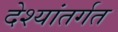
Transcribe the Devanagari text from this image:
देश्यांतर्गत